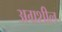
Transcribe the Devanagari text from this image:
अग्रशील